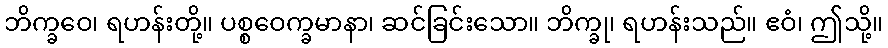
ဘိက္ခဝေ၊ ရဟန်းတို့။ ပစ္စဝေက္ခမာနာ၊ ဆင်ခြင်းသော။ ဘိက္ခု၊ ရဟန်းသည်။ ဧဝံ၊ ဤသို့။